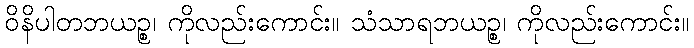
ဝိနိပါတဘယဉ္စ၊ ကိုလည်းကောင်း။ သံသာရဘယဉ္စ၊ ကိုလည်းကောင်း။